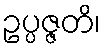
ဥပ္ပဇ္ဇတိ၊